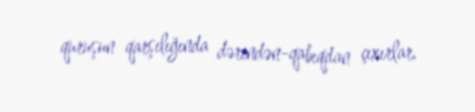
quruşun qarşılığında dərindən-qabıqdan çıxırlar.